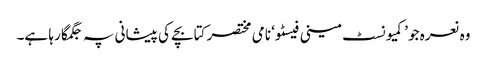
وہ نعرہ جو ’کمیونسٹ مینی فیسٹو‘ نامی مختصر کتابچے کی پیشانی پہ جگمگا رہا ہے۔